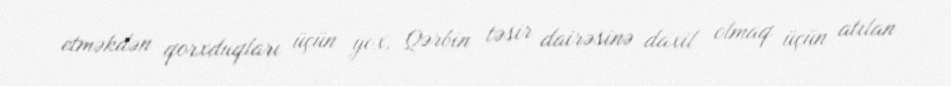
etməkdən qorxduqları üçün yox, Qərbin təsir dairəsinə daxil olmaq üçün atılan